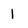
Character: 1